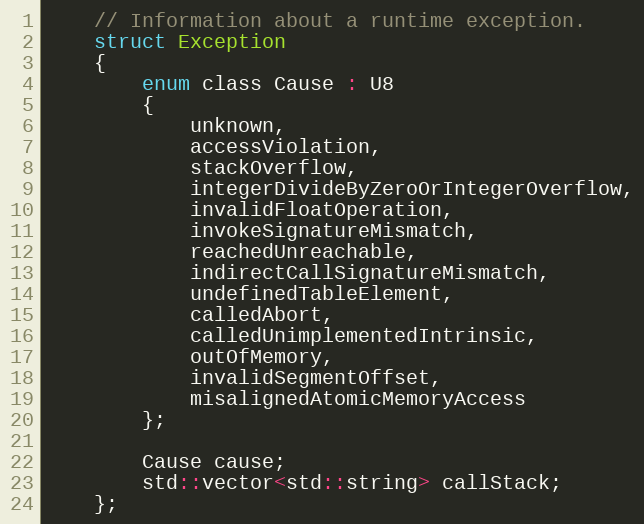
Language: C
	// Information about a runtime exception.
	struct Exception
	{
		enum class Cause : U8
		{
			unknown,
			accessViolation,
			stackOverflow,
			integerDivideByZeroOrIntegerOverflow,
			invalidFloatOperation,
			invokeSignatureMismatch,
			reachedUnreachable,
			indirectCallSignatureMismatch,
			undefinedTableElement,
			calledAbort,
			calledUnimplementedIntrinsic,
			outOfMemory,
			invalidSegmentOffset,
			misalignedAtomicMemoryAccess
		};

		Cause cause;
		std::vector<std::string> callStack;
	};